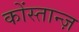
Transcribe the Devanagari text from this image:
कोंस्तान्ज़